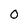
Character: 0